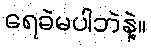
ရေခဲမပါဘဲနဲ့။